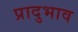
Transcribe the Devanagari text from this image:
प्रादुभाव